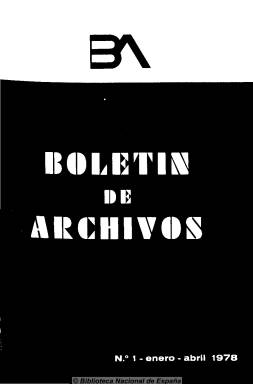
Título: Boletín de archivos
Otros títulos: BA || BA. Boletín de archivos
Colección: Archivos, bibliotecas y museos
Ámbito geográfico: Madrid
Lugar de publicación: Madrid
Fechas: 01/04/1978-01/05/1980

Continuación, en parte, del Boletín de la Dirección General de Archivos y Bibliotecas (1952-1974) que, editado por la Subdirección General de Archivos, dependiente de la Dirección General del Patrimonio Artístico del nuevo Ministerio de Cultura, comienza a publicarse en enero de 1978, bajo la dirección del titular de la subdirección general, Federico Udina Martorell, en entregas entre el centenar y los dos centenares de páginas y con una periodicidad cuatrimestral. Da cabida a artículos de técnica archivística y de investigación y erudición, de bibliografía especializada en esta materia y a noticias de congresos, seminarios y reuniones profesionales y a relaciones, descripciones o guías de archivos nacionales, provinciales, municipales o específicos. Así, su primer número estará dedicado al VIII Congreso Internacional de Archivos y a las reuniones de comités y comisiones. Además de los diferentes trabajos, artículos técnicos y ensayos de investigación, cuenta con secciones dedicadas a Crónicas y noticias (tanto nacionales como internacionales), Recensiones y Resúmenes de artículos profesionales, Bibliografía, Legislación y Relaciones de centros. Inserta también resúmenes estadísticos y algunas fotografías. Su secretaria de redacción será Carmen Salas Larrazábal, cuenta con un consejo de redacción, un servicio de documentación y con corresponsales en las diversas regiones españolas, todos ellos integrantes del cuerpo facultativo del ramo. La colección digital de esta publicación oficial en la Biblioteca Nacional no está completa y su último número corresponde a mayo-agosto de 1980, cuando la Subdirección General de Archivos estaba integrada en la Dirección General de Bellas Artes, Archivos y Bibliotecas, y en la misma está incluidos cuatro números del Boletín de archivos, bibliotecas y museos, editado en 1896 por el Montepío del Cuerpo Facultativo.